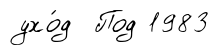
ухо́д Под 1983